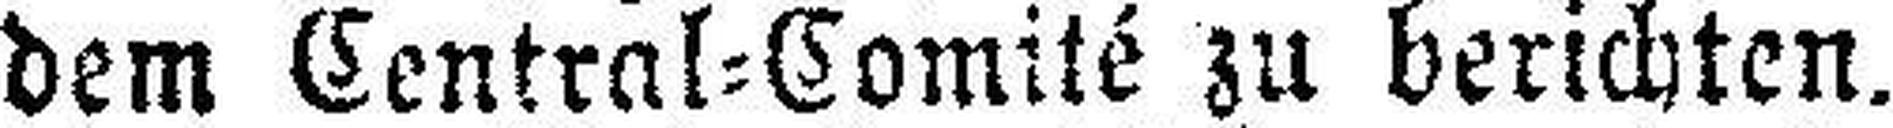
dem Central=Comité zu berichten.